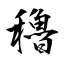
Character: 穭